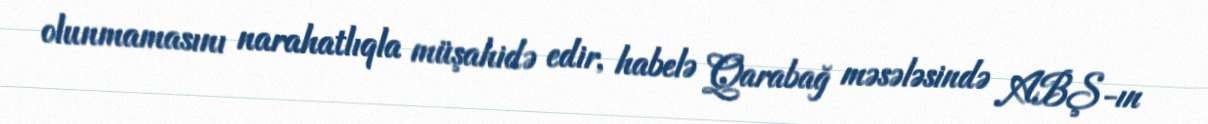
olunmamasını narahatlıqla müşahidə edir, habelə Qarabağ məsələsində ABŞ-ın